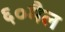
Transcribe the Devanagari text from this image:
६०मैल